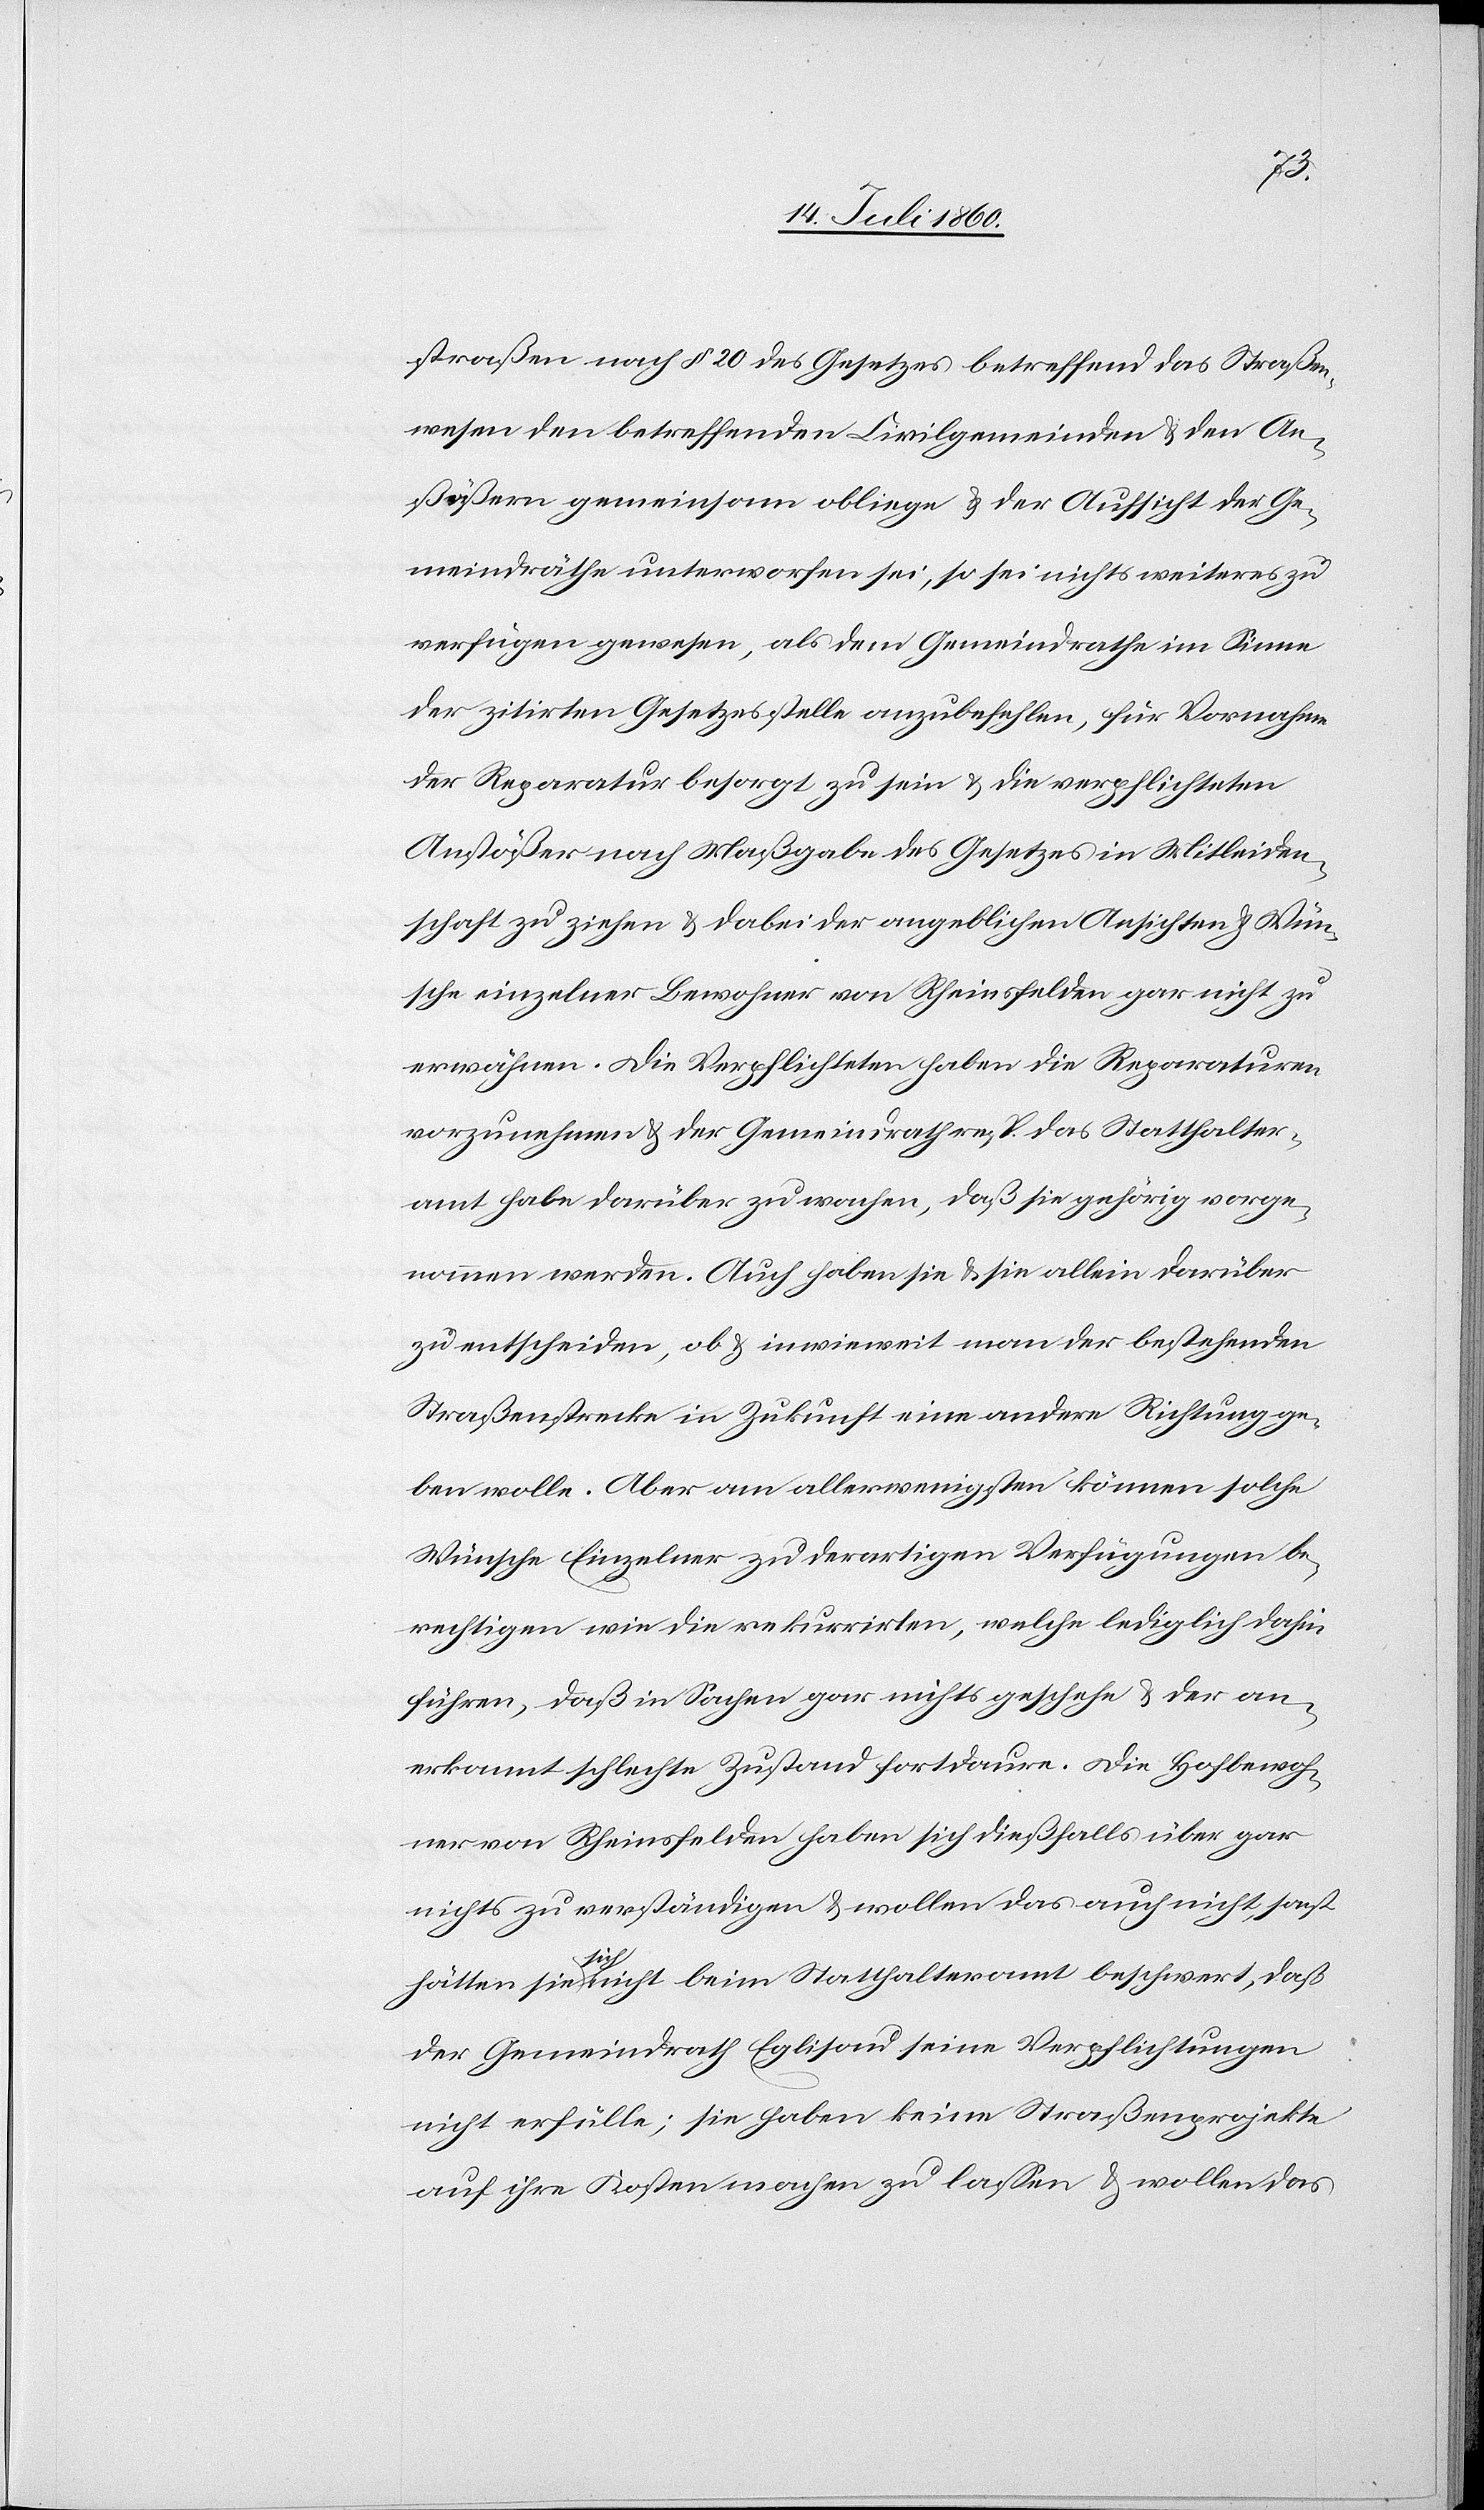
straßen nach § 20 des Gesetzes betreffend das Straßen¬
wesen den betreffenden Civilgemeinden & den An¬
stößern gemeinsam obliege & der Aufsicht der Ge¬
meindräthe unterworfen sei, so sei nichts weiteres zu
verfügen gewesen, als dem Gemeindrathe im Sinne
der zitirten Gesetzesstelle anzubefehlen, für Vornahme
der Reparatur besorgt zu sein & die verpflichteten
Anstößer nach Maßgabe des Gesetzes in Mitleiden¬
schaft zu ziehen & dabei der angeblichen Ansichten & Wün¬
sche einzelner Bewohner von Rheinsfelden gar nicht zu
erwähnen. Die Verpflichteten haben die Reparaturen
vorzunehmen & der Gemeindrath resp. das Statthalter¬
amt habe darüber zu wachen, daß sie gehörig vorge¬
nommen werden. Auch haben sie & sie allein darüber
zu entscheiden, ob & inwieweit man der bestehenden
Straßenstrecke in Zukunft eine andere Richtung ge¬
ben wolle. Aber am allerwenigsten können solche
Wünsche Einzelner zu derartigen Verfügungen be¬
rechtigen wie die rekurrirten, welche lediglich dahin
führen, daß in Sachen gar nichts geschehe & der an¬
erkannt schlechte Zustand fortdaure. Die Hofbewoh¬
ner von Rheinsfelden haben sich dießfalls über gar
nichts zu verständigen & wollen das auch nicht, sonst
hätten sie sich nicht beim Statthalteramt beschwert, daß
der Gemeindrath Eglisau seine Verpflichtungen
nicht erfülle; sie haben keine Straßenprojekte
auf ihre Kosten machen zu lassen & wollen das